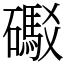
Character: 礟